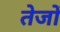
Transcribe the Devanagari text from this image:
तेजों